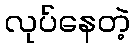
လုပ်နေတဲ့